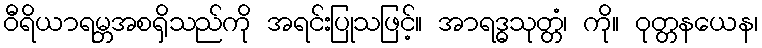
ဝီရိယာရမ္ဘအစရှိသည်ကို အရင်းပြုသဖြင့်။ အာရဒ္ဓသုတ္တံ၊ ကို။ ဝုတ္တနယေန၊